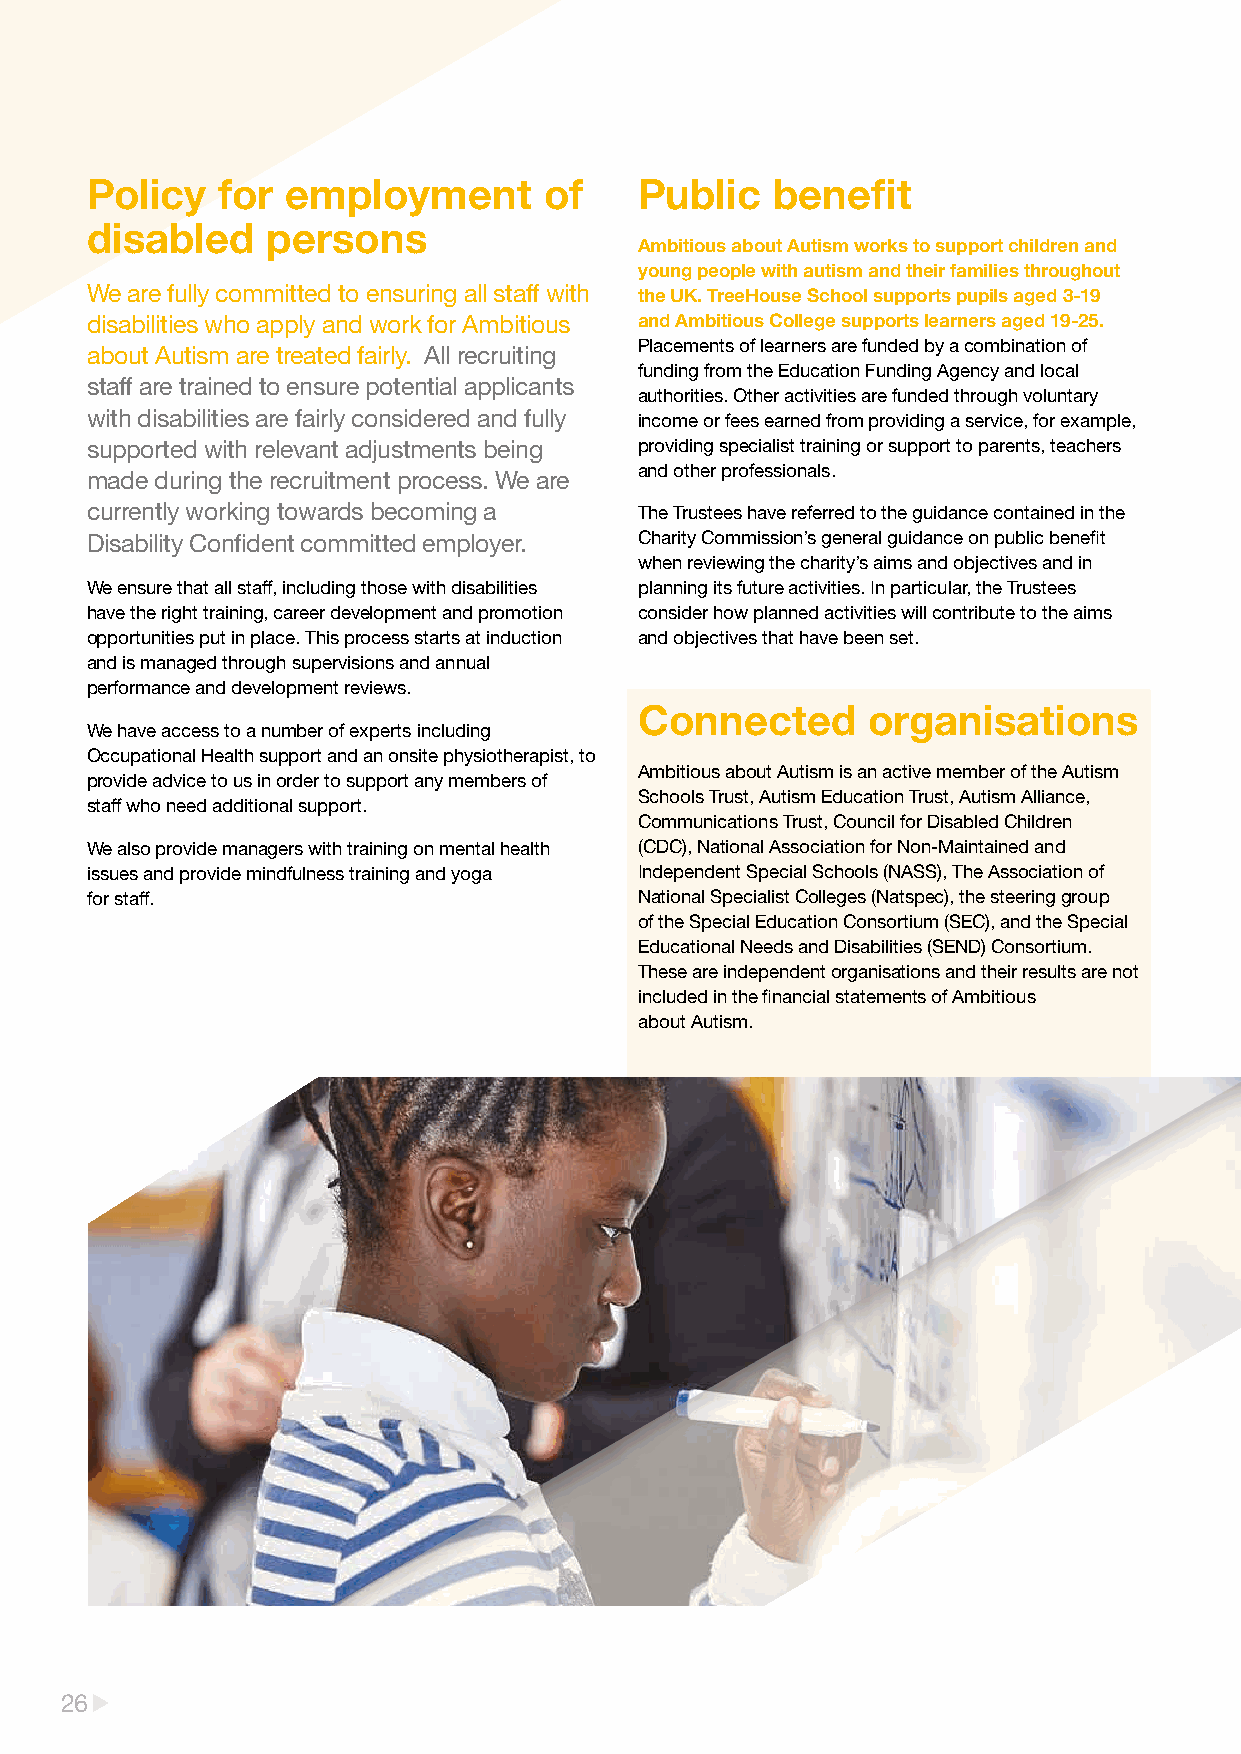
Policy  for  employment       of    Public   benefit
 disabled    persons
 Ambitious about Autism works to support children and
 young people with autism and their families throughout
 We are fully committed to ensuring all staff with the UK. TreeHouse School supports pupils aged 3-19
 disabilities who apply and work for Ambitious and Ambitious College supports learners aged 19-25.
 Placements of learners are funded by a combination of
 about Autism are treated fairly. All recruiting
 funding from the Education Funding Agency and local
 staff are trained to ensure potential applicants
 authorities. Other activities are funded through voluntary
 with disabilities are fairly considered and fully income or fees earned from providing a service, for example,
 supported with relevant adjustments being providing specialist training or support to parents, teachers
 and other professionals.
 made during the recruitment process. We are
 currently working towards becoming a The Trustees have referred to the guidance contained in the
 Disability Confident committed employer. Charity Commission’s general guidance on public benefit
 when reviewing the charity’s aims and objectives and in
 We ensure that all staff, including those with disabilities planning its future activities. In particular, the Trustees
 have the right training, career development and promotion consider how planned activities will contribute to the aims
 opportunities put in place. This process starts at induction and objectives that have been set.
 and is managed through supervisions and annual
 performance and development reviews.
 Connected      organisations
 We have access to a number of experts including
 Occupational Health support and an onsite physiotherapist, to
 Ambitious about Autism is an active member of the Autism
 provide advice to us in order to support any members of
 Schools Trust, Autism Education Trust, Autism Alliance,
 staff who need additional support.
 Communications Trust, Council for Disabled Children
 We also provide managers with training on mental health (CDC), National Association for Non-Maintained and
 issues and provide mindfulness training and yoga Independent Special Schools (NASS), The Association of
 for staff.                          National Specialist Colleges (Natspec), the steering group
 of the Special Education Consortium (SEC), and the Special
 Educational Needs and Disabilities (SEND) Consortium.
 These are independent organisations and their results are not
 included in the financial statements of Ambitious
 about Autism.
 26